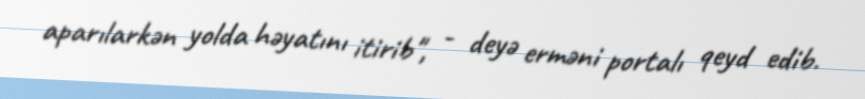
aparılarkən yolda həyatını itirib", - deyə erməni portalı qeyd edib.